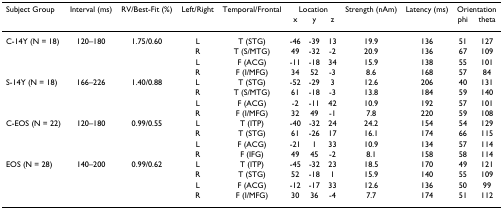
<table><thead><tr><td><b>Subject Group</b></td><td><b>Interval (ms)</b></td><td><b>RV/Best-Fit (%)</b></td><td><b>Left/Right</b></td><td><b>Temporal/Frontal</b></td><td colspan="3"><b>Location</b></td><td><b>Strength (nAm)</b></td><td><b>Latency (ms)</b></td><td colspan="2"><b>Orientation</b></td></tr><tr><td></td><td></td><td></td><td></td><td></td><td><b>x</b></td><td><b>y</b></td><td><b>z</b></td><td></td><td></td><td><b>phi</b></td><td><b>theta</b></td></tr></thead><tbody><tr><td>C-14Y (N = 18)</td><td>120–180</td><td>1.75/0.60</td><td>L</td><td>T (STG)</td><td>-46</td><td>-39</td><td>13</td><td>19.9</td><td>136</td><td>51</td><td>127</td></tr><tr><td></td><td></td><td></td><td>R</td><td>T (S/MTG)</td><td>49</td><td>-32</td><td>-2</td><td>20.9</td><td>136</td><td>67</td><td>109</td></tr><tr><td></td><td></td><td></td><td>L</td><td>F (ACG)</td><td>-11</td><td>-18</td><td>34</td><td>15.9</td><td>138</td><td>55</td><td>101</td></tr><tr><td></td><td></td><td></td><td>R</td><td>F (I/MFG)</td><td>34</td><td>52</td><td>-3</td><td>8.6</td><td>168</td><td>57</td><td>84</td></tr><tr><td>S-14Y (N = 18)</td><td>166–226</td><td>1.40/0.88</td><td>L</td><td>T (STG)</td><td>-52</td><td>-29</td><td>3</td><td>12.6</td><td>206</td><td>40</td><td>131</td></tr><tr><td></td><td></td><td></td><td>R</td><td>T (S/MTG)</td><td>61</td><td>-18</td><td>-3</td><td>13.8</td><td>184</td><td>59</td><td>140</td></tr><tr><td></td><td></td><td></td><td>L</td><td>F (ACG)</td><td>-2</td><td>-11</td><td>42</td><td>10.9</td><td>192</td><td>57</td><td>101</td></tr><tr><td></td><td></td><td></td><td>R</td><td>F (I/MFG)</td><td>32</td><td>49</td><td>-1</td><td>7.8</td><td>220</td><td>59</td><td>108</td></tr><tr><td>C-EOS (N = 22)</td><td>120–180</td><td>0.99/0.55</td><td>L</td><td>T (ITP)</td><td>-40</td><td>-32</td><td>24</td><td>24.2</td><td>154</td><td>54</td><td>129</td></tr><tr><td></td><td></td><td></td><td>R</td><td>T (STG)</td><td>61</td><td>-26</td><td>17</td><td>16.1</td><td>174</td><td>66</td><td>115</td></tr><tr><td></td><td></td><td></td><td>L</td><td>F (ACG)</td><td>-21</td><td>1</td><td>33</td><td>10.9</td><td>134</td><td>57</td><td>114</td></tr><tr><td></td><td></td><td></td><td>R</td><td>F (IFG)</td><td>49</td><td>45</td><td>-2</td><td>8.1</td><td>158</td><td>58</td><td>114</td></tr><tr><td>EOS (N = 28)</td><td>140–200</td><td>0.99/0.62</td><td>L</td><td>T (ITP)</td><td>-45</td><td>-32</td><td>23</td><td>18.5</td><td>170</td><td>49</td><td>121</td></tr><tr><td></td><td></td><td></td><td>R</td><td>T (STG)</td><td>52</td><td>-18</td><td>1</td><td>15.9</td><td>140</td><td>55</td><td>109</td></tr><tr><td></td><td></td><td></td><td>L</td><td>F (ACG)</td><td>-12</td><td>-17</td><td>33</td><td>12.6</td><td>136</td><td>50</td><td>99</td></tr><tr><td></td><td></td><td></td><td>R</td><td>F (I/MFG)</td><td>30</td><td>36</td><td>-4</td><td>7.7</td><td>174</td><td>51</td><td>112</td></tr></tbody></table>